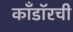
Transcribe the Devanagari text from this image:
काँडॉरची